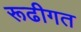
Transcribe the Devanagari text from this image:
रूढीगत